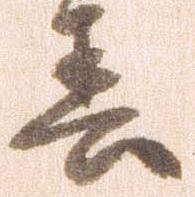
春